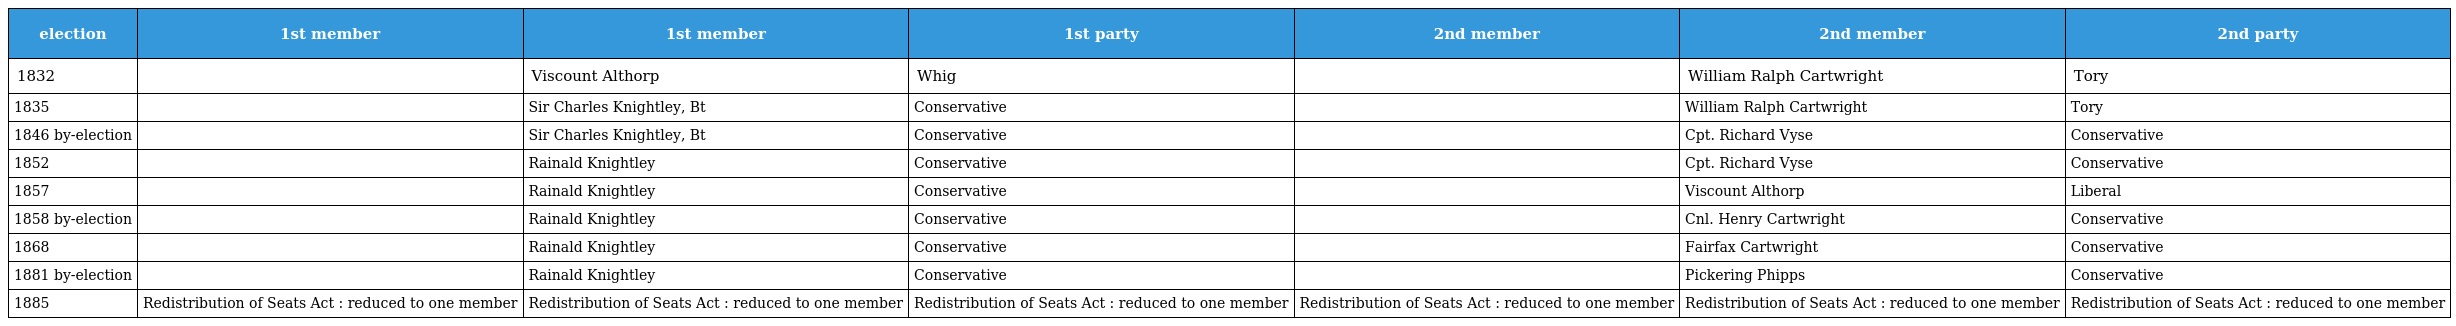
| election | 1st member | 1st member | 1st party | 2nd member | 2nd member | 2nd party |
 | --- | --- | --- | --- | --- | --- | --- |
 | 1832 |  | Viscount Althorp | Whig |  | William Ralph Cartwright | Tory |
 | 1835 |  | Sir Charles Knightley, Bt | Conservative |  | William Ralph Cartwright | Tory |
 | 1846 by-election |  | Sir Charles Knightley, Bt | Conservative |  | Cpt. Richard Vyse | Conservative |
 | 1852 |  | Rainald Knightley | Conservative |  | Cpt. Richard Vyse | Conservative |
 | 1857 |  | Rainald Knightley | Conservative |  | Viscount Althorp | Liberal |
 | 1858 by-election |  | Rainald Knightley | Conservative |  | Cnl. Henry Cartwright | Conservative |
 | 1868 |  | Rainald Knightley | Conservative |  | Fairfax Cartwright | Conservative |
 | 1881 by-election |  | Rainald Knightley | Conservative |  | Pickering Phipps | Conservative |
 | 1885 | Redistribution of Seats Act : reduced to one member | Redistribution of Seats Act : reduced to one member | Redistribution of Seats Act : reduced to one member | Redistribution of Seats Act : reduced to one member | Redistribution of Seats Act : reduced to one member | Redistribution of Seats Act : reduced to one member |